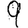
Digit: 9